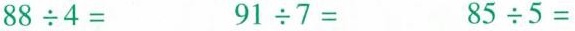
$$88\div 4=$$ $$91\div 7=$$ $$85\div 5=$$